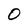
Character: O